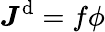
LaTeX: \boldsymbol{J}^{\mathrm{d}}=f{\phi}